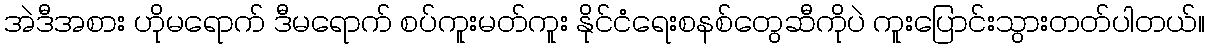
အဲဒီအစား ဟိုမရောက် ဒီမရောက် စပ်ကူးမတ်ကူး နိုင်ငံရေးစနစ်တွေဆီကိုပဲ ကူးပြောင်းသွားတတ်ပါတယ်။